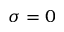
\sigma = 0